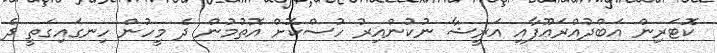
ކޮޓަރިން އަބްދުއްރަޢޫފާއި އަރީޝާ ނުކުންއިރު ހުސްކޮށް އޮތުމުން ދެ މީހުން ހިނގައިގަތީ ދެ